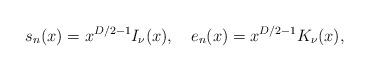
LaTeX: \begin{align*}s_n(x)=x^{D/2-1}I_\nu(x),\quad e_n(x)=x^{D/2-1}K_\nu(x),\end{align*}